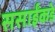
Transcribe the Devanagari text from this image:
ससाईंकडे